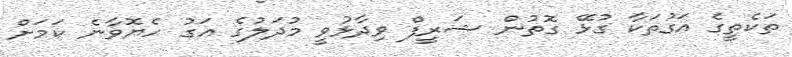
ތަކެތީގެ އަގުތަކާ ގުޅޭ ގޮތުން ޝަރީފް ވިދާޅުވީ މުދަލުގެ އަގު ހެޔޮވާނެ ކަމަށް